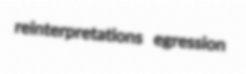
reinterpretations egression